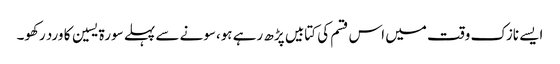
ایسے نازک وقت میں اس قسم کی کتابیں پڑھ رہے ہو،سونے سے پہلے سورة یسین کا ورد رکھو۔